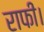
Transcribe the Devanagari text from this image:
राफी।